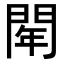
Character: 𨴞